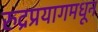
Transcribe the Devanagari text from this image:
रुद्रप्रयागमधून